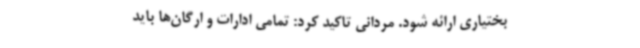
بختیاری ارائه شود. مردانی تاکید کرد: تمامی ادارات و ارگان‌ها باید